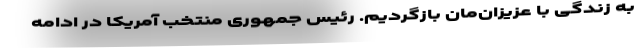
به زندگی با عزیزان‌مان بازگردیم. رئیس جمهوری منتخب آمریکا در ادامه